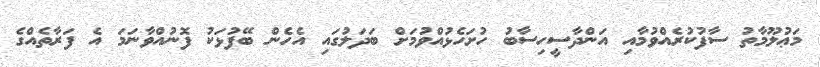
މަޢުލޫމާތު ސާފުކުރެއްވުމާއި އަންދާސީހިސާބު ހުށަހެޅުއްވުމަށް ބަދަލުގައި އެހެން ބޭފުޅަކު ފޮނުއްވާނަމަ އެ ފަރާތެއްގެ